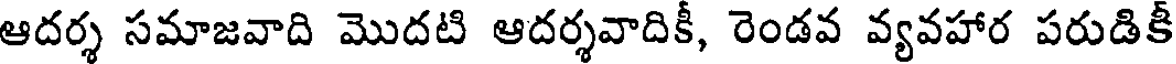
ఆదర్శ సమాజవాది మొదటి ఆదర్శవాదికీ, రెండవ వ్యవహార పరుడికీ